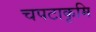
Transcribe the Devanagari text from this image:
चपटाकृमि